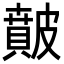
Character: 𥀢